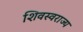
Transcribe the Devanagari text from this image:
शिवस्वराज्य